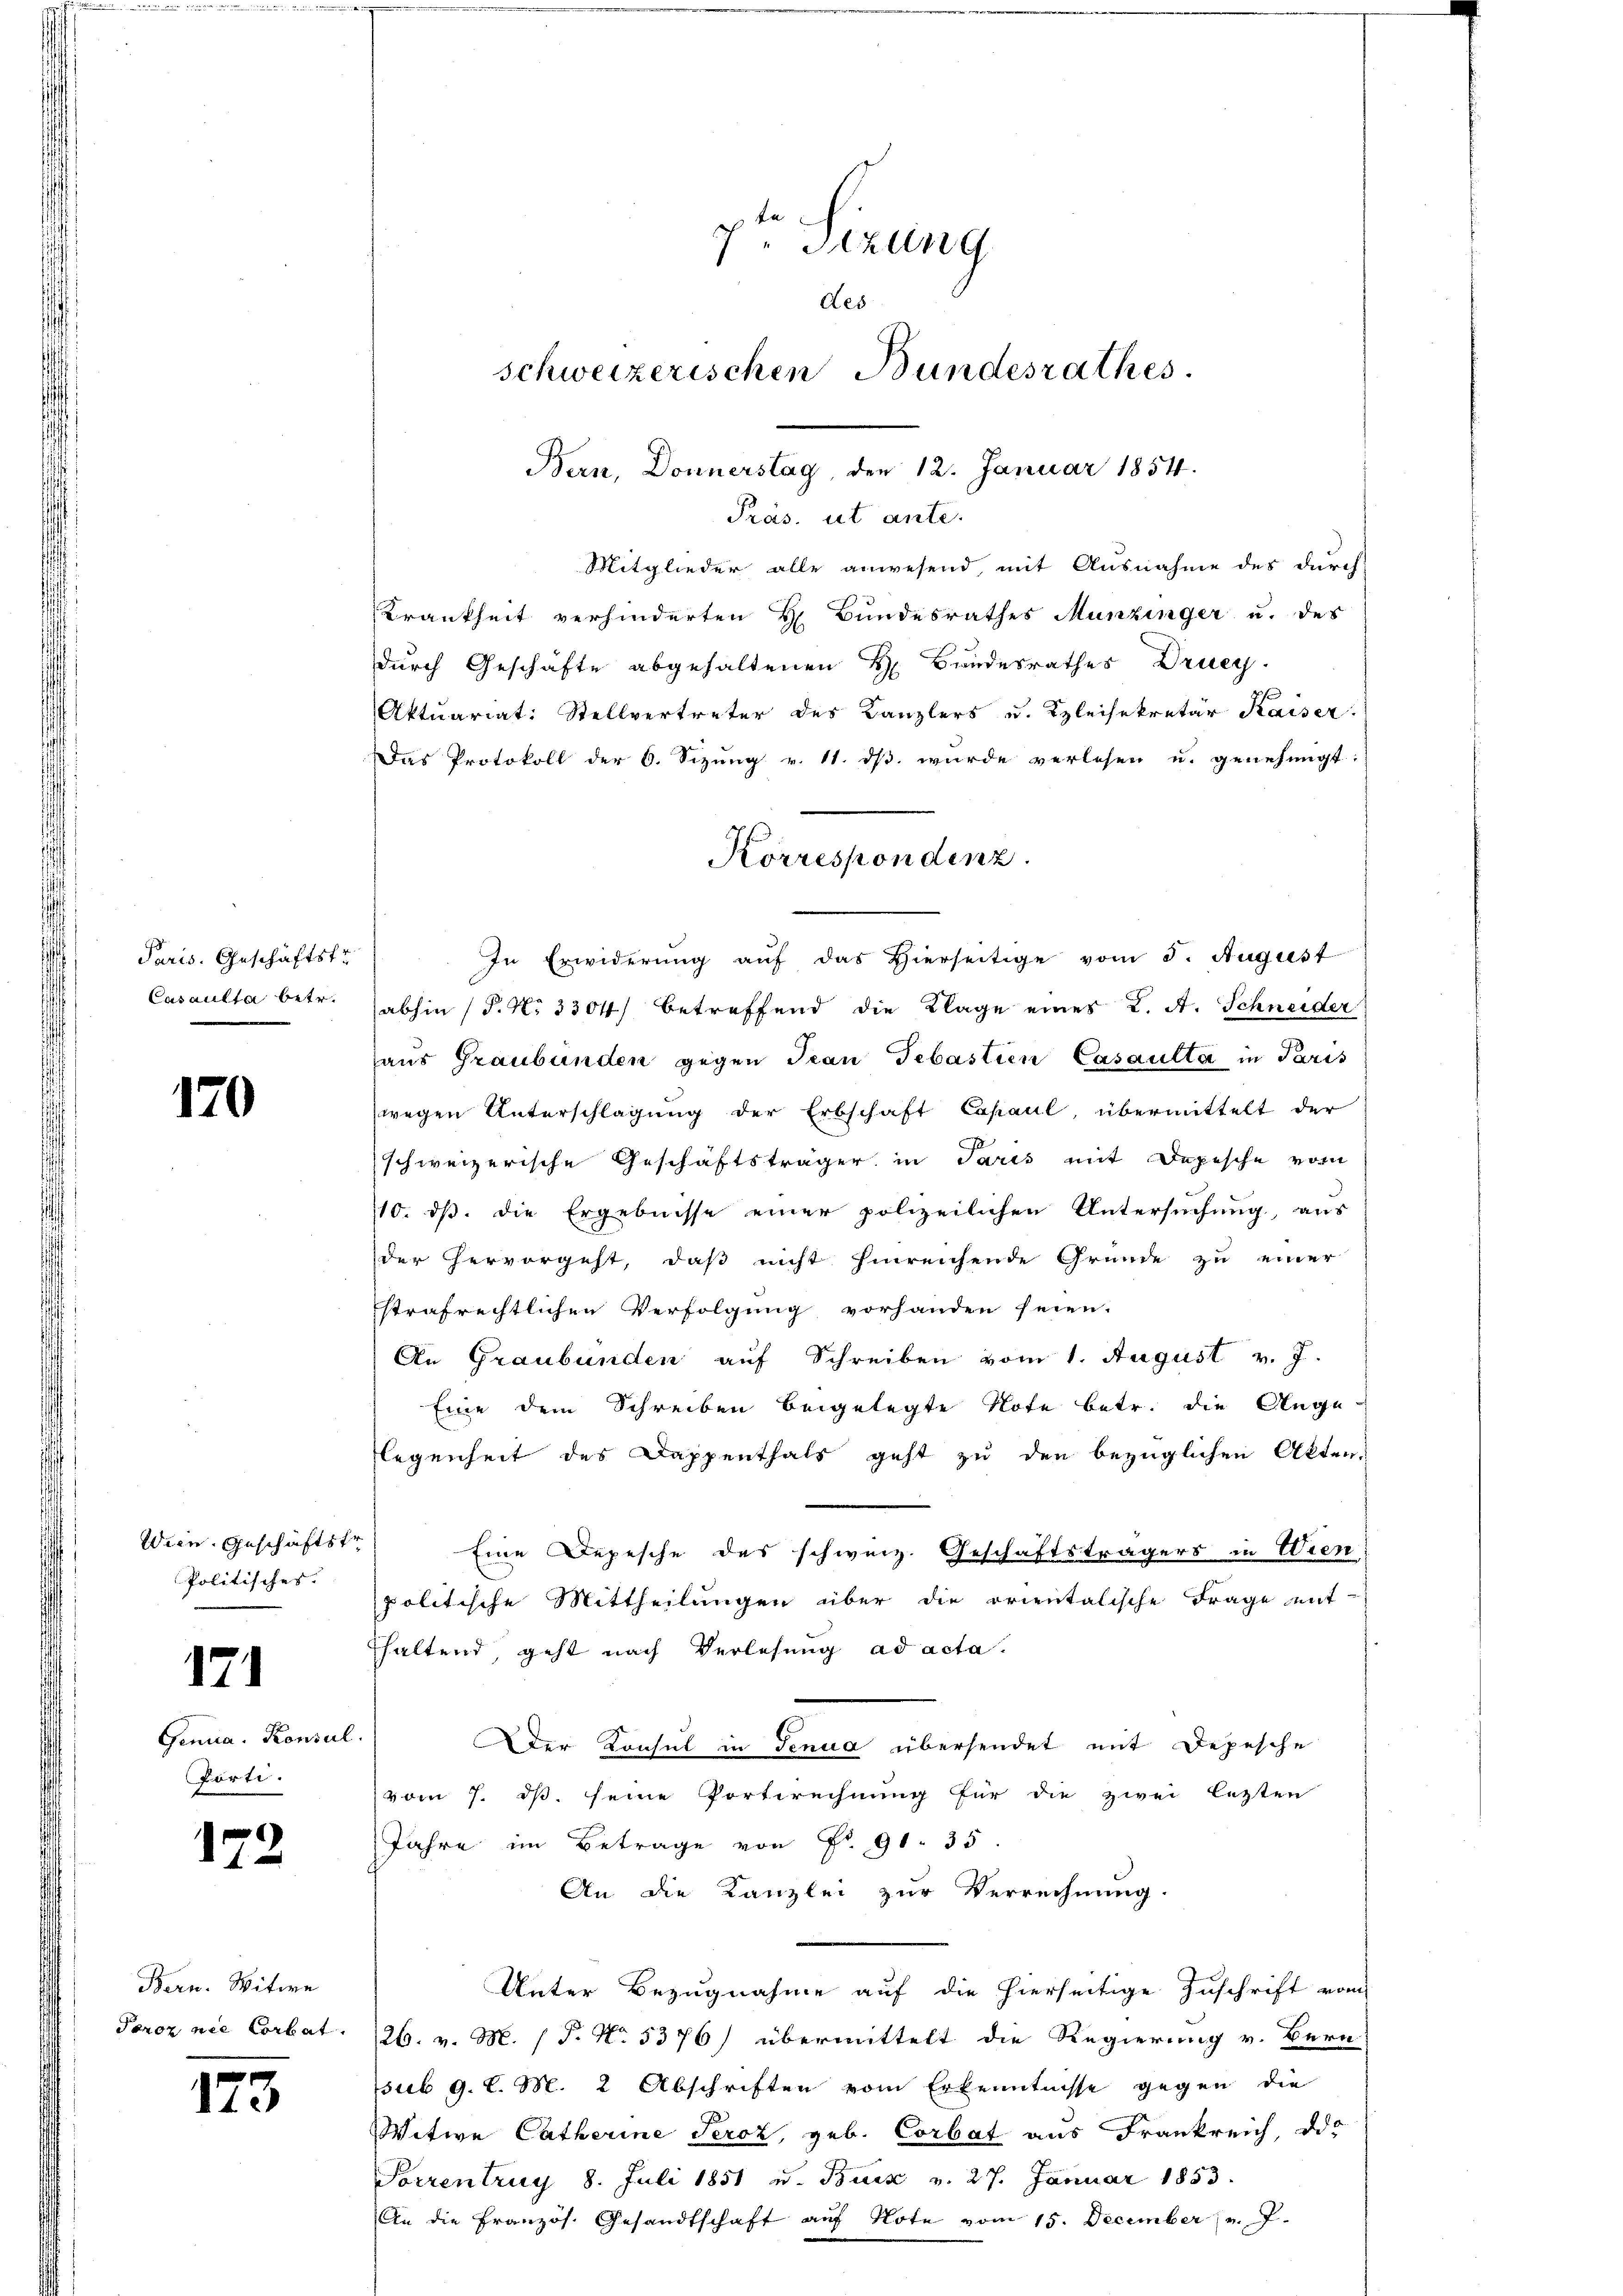
Paris. Geschäftstr
Casaulta betr.

170

Wien. Geschäftstr
Politisches. |

171

Genua, Konsul
Prti.

172

Bern. Witwe
Peroz nie Corbat

173

Bern, Donnerstag, den 12. Januar 1854.
Präs. ut ante.
Mitglieder alle anwesend, mit Ausnahme des durch
Krankheit verhinderten H. Bundesrathes Munzinger u. des
durch Geschäfte abgehaltenen H. Bandesrathes Drucy.
Aktuariat: Stellvertreter des Kanzlers u. Kleisekretär Kaiser:
Das Protokoll der 6. Sizung v. 11. dß wurde verlesen u. genehmigt:
In Erwiderung auf das Hierseitige vom 5. August
abhin (P. N. 3304) betreffend die Klage eines L. A. Schneider
aus Graubünden gegen Tran Sebastien Casaulta in Paris
wegen Unterschlagung der Erbschaft Capaul, übermittelt der
J
schweizerische Geschäftsträger in Paris mit Depesche vom
110. ds. die Ergebnisse einer polizeilichen Untersuchung, aus
der hervorgeht, daß nicht hinreichende Grunde zu einer
strafrechtlichen Verfolgung vorhanden seien.
An Graubünden auf Schreiben vom 1. August v. J.
Eine dem Schreiben beigelegte Note betr. die Ange-
legenheit des Dappenthals geht zu den bezüglichen Akten.
Eine Depesche des schweiz. Geschäftsträgers in Wien
politische Mittheilungen über die orientalische Frage mit
haltend, geht nach Verlesung ad acta.
Der Konsul in denua übersendet mit Depesche
vom 7. ds. seine Vorterechnung für die zwei letzten
Jahre im Betrage von Fr. 91. 35
An die Kanzlei zur Verrechnung.
Unter Bezugnahme auf die hierseitige Zuschrift vom
26. v. M. P. No. 5376) übermittelt die Regierung v. Bern
sub 9. l. M. 2 Abschriften vom Erkenntnisse gegen die
Witwe Catherine Percz, geb. Corbat aus Frankreich, das
Torrentrag 8. Juli 1851 u. Buss v. 27. Januar 1853.
An die Französ. Gesandtschaft auf Note vom 15. December v. J.

7. Sizung
des
schweizerischen Bundesrathes

Korrespondenz.